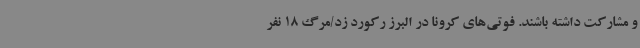
و مشارکت داشته باشند. فوتی‌های کرونا در البرز رکورد زد/مرگ 18 نفر